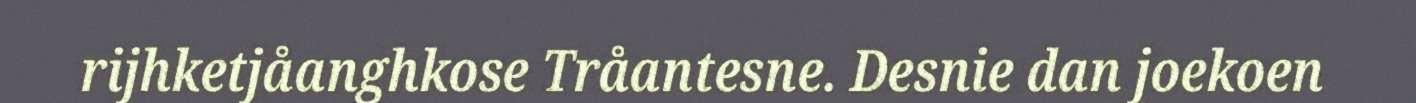
rijhketjåanghkose Tråantesne. Desnie dan joekoen